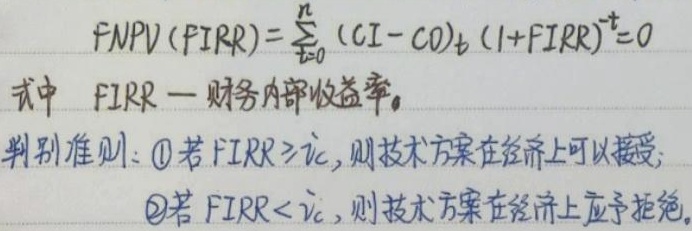
\[
\text{FNPV}(\text{FIRR}) = \sum_{t = 0}^{n} (\text{CI} - \text{CO})_{t} (1 + \text{FIRR})^{-t} = 0
\]
式中 $\text{FIRR}$ — 财务内部收益率。
判别准则：\textcircled{1} 若 $\text{FIRR} \geq i_{c}$，则技术方案在经济上可以接受；
\textcircled{2} 若 $\text{FIRR} < i_{c}$，则技术方案在经济上应予拒绝。